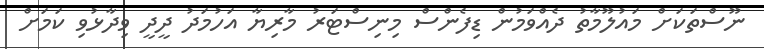
ނޫސްތަކަށް މައުލޫމާތު ދެއްވަމުން ޑިފެންސް މިނިސްޓަރު މާރިޔާ އަހުމަދު ދީދީ ވިދާޅުވި ކަަމަށް